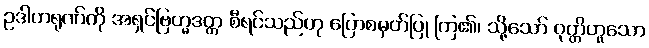
ဥဒါဟရုဏ်ကို အရှင်ဗြဟ္မဒတ္တ စီရင်သည်ဟု ပြောစမှတ်ပြု ကြ၏၊ သို့သော် ဝုတ္တိဟူသော